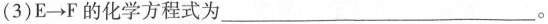
(3)E \to F的化学方程式为___。